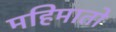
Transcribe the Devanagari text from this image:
महिमातो